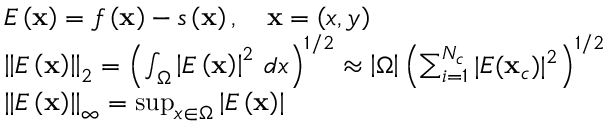
\begin{array} { r l } & { E \left( \mathbf { x } \right) = f \left( \mathbf { x } \right) - s \left( \mathbf { x } \right) , \quad \mathbf { x } = \left( x , y \right) } \\ & { \left| \left| E \left( \mathbf { x } \right) \right| \right| _ { 2 } = \left( \int _ { \Omega } \left| E \left( \mathbf { x } \right) \right| ^ { 2 } \, d x \right) ^ { 1 / 2 } \approx \left| \Omega \right| \left( \sum _ { i = 1 } ^ { N _ { c } } | E ( \mathbf { x } _ { c } ) | ^ { 2 } \right) ^ { 1 / 2 } } \\ & { \left| \left| E \left( \mathbf { x } \right) \right| \right| _ { \infty } = \operatorname* { s u p } _ { x \in \Omega } \left| E \left( \mathbf { x } \right) \right| } \end{array}